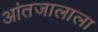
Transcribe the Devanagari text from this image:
आंतजालाला